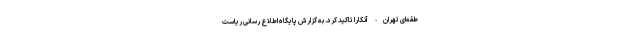
طقه‌ای تهران- آنکارا تاکید کرد. به گزارش پایگاه اطلاع رسانی ریاست